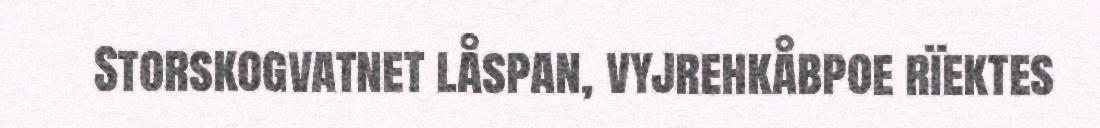
Storskogvatnet låspan, vyjrehkåbpoe rïektes